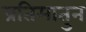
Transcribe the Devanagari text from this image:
प्रतिमातुन